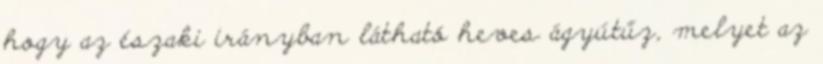
hogy az északi irányban látható heves ágyútűz, melyet az